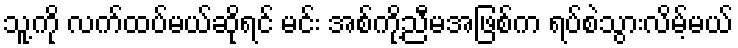
သူ့ကို လက်ထပ်မယ်ဆိုရင် မင်း အစ်ကို့ညီမအဖြစ်က ရပ်စဲသွားလိမ့်မယ်